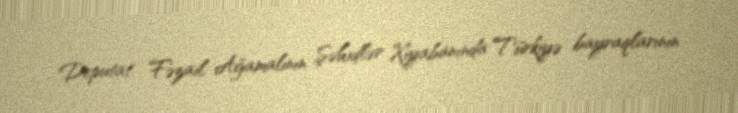
Deputat Fəzail Ağamalının Şəhidlər Xiyabanında Türkiyə bayraqlarının